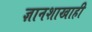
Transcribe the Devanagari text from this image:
ज्ञानशाखाही